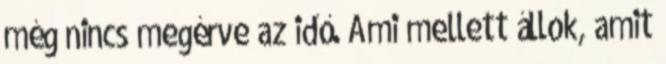
még nincs megérve az idő. Ami mellett állok, amit